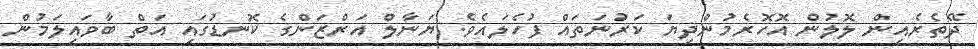
ދޭތެރެއިން ލޮލުން އޮހޮރެމުންދިޔަ ކަރުނަތައް ފުހެލައެވެ. ޔަނާލް އަރްޒަންގެ ކޮނޑުގައި އަތް ބާވައިލަމުން